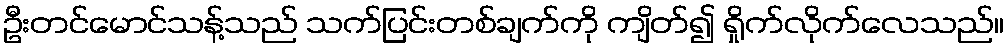
ဦးတင်မောင်သန့်သည် သက်ပြင်းတစ်ချက်ကို ကျိတ်၍ ရှိုက်လိုက်လေသည်။